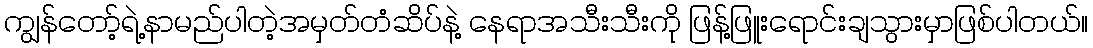
ကျွန်တော့်ရဲ့နာမည်ပါတဲ့အမှတ်တံဆိပ်နဲ့ နေရာအသီးသီးကို ဖြန့်ဖြူးရောင်းချသွားမှာဖြစ်ပါတယ်။